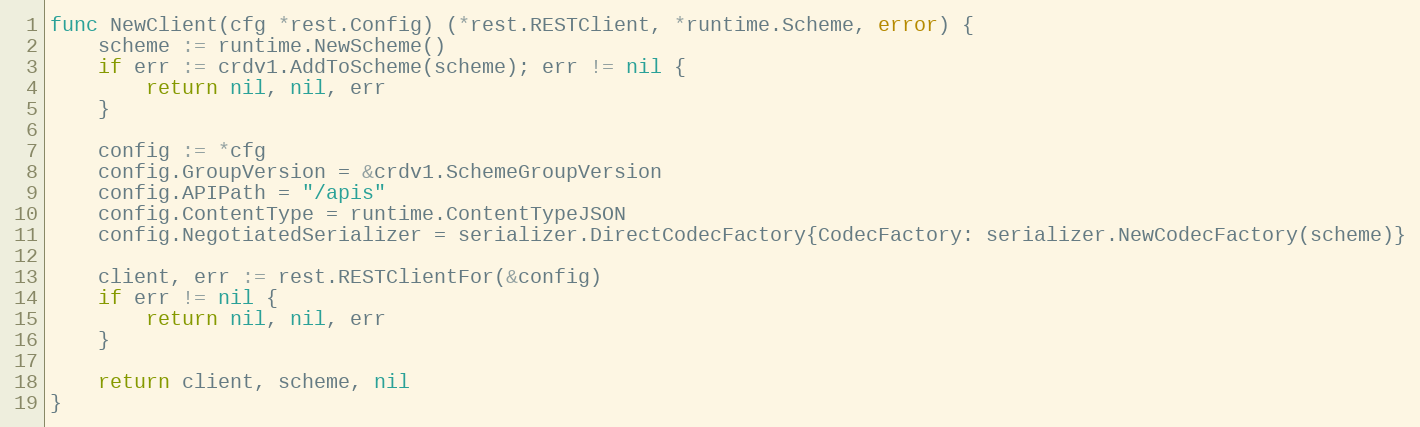
Language: Go
func NewClient(cfg *rest.Config) (*rest.RESTClient, *runtime.Scheme, error) {
	scheme := runtime.NewScheme()
	if err := crdv1.AddToScheme(scheme); err != nil {
		return nil, nil, err
	}

	config := *cfg
	config.GroupVersion = &crdv1.SchemeGroupVersion
	config.APIPath = "/apis"
	config.ContentType = runtime.ContentTypeJSON
	config.NegotiatedSerializer = serializer.DirectCodecFactory{CodecFactory: serializer.NewCodecFactory(scheme)}

	client, err := rest.RESTClientFor(&config)
	if err != nil {
		return nil, nil, err
	}

	return client, scheme, nil
}